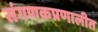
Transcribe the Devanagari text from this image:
संगणकप्रणालीत